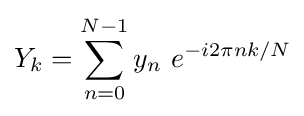
Y_{k}=\sum _{n=0}^{N-1}y_{n}\ e^{-i2\pi nk/N}